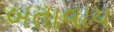
બતાવાય